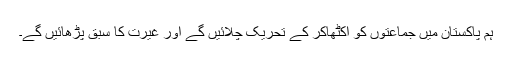
ہم پاکستان میں جماعتوں کو اکٹھاکر کے تحریک چلائیں گے اور غیرت کا سبق پڑھائیں گے۔